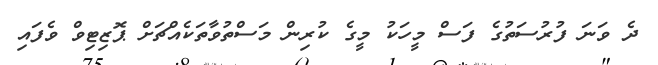
ދެ ވަނަ ފުރުސަތުގެ ފަސް މީހަކު މީގެ ކުރިން މަސްތުވާތަކެއްޗަށް ޕޮޒިޓިވް ވެފައި